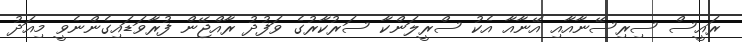
ރައީސް ސިރިސޭނާއާއި އޭނާއާ އެކު ސްރީލަންކާ ސަރުކާރުގެ ވަފުދު ރާއްޖޭން ފުރާވަޑައިގެންނެވީ މިއަދު